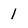
Character: 1